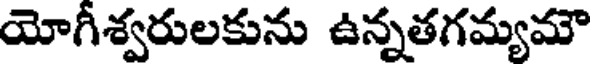
యోగీశ్వరులకును ఉన్నతగమ్యమౌ